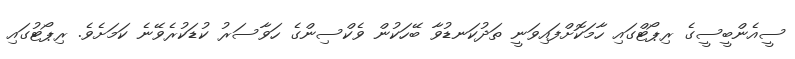
ސީއެންބީސީގެ ރިޕޯޓްގައި ހާމަކޮށްފައިވަނީ ތަދުކަނޑުވާ ބޭހަކުން ވެކްސިންގެ ހަވާސަރު ކުޑަކުރެވޭނެ ކަމަށެވެ. ރިޕޯޓުގައި